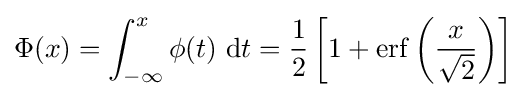
\Phi (x)=\int _{-\infty }^{x}\phi (t)\ \mathrm {d} t={\frac {1}{2}}\left[1+\operatorname {erf} \left({\frac {x}{\sqrt {2}}}\right)\right]